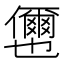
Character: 𭀎